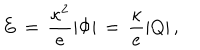
E \, = \, { \frac { \kappa ^ { 2 } } { e } } | \Phi | \, = \, { \frac { \kappa } { e } } | Q | \, ,